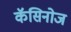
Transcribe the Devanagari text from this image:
कॅसिनोज